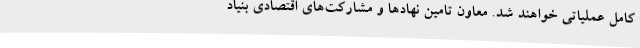
کامل عملیاتی خواهند شد. معاون تامین نهادها و مشارکت‌های اقتصادی بنیاد